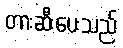
တားဆီးပေးသည်